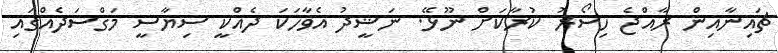
ޗައިނާއިން ރާއްޖެ ހިސޯރު ކުރާކަށް ނޫޅޭ. ނަޝީދު އެވާހަކަ ދެއްކީ ސިޔާސީ މަގްސަދެއްގައި